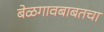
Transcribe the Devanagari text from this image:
बेळगावबाबतचा